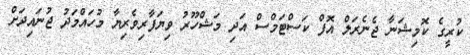
ކުރީގެ ކޮމިޝަނާ ޖެނެރަލް އޮފް ކަސްޓަމްސް އަދި މަޝްހޫރު ވިޔަފާރިވެރިޔާ މުހައްމަދު ޖުނައިދަށް